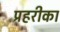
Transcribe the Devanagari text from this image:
प्रहरीका